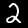
Digit: 2